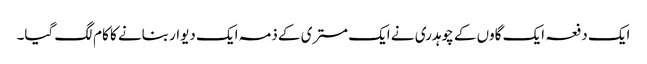
ایک دفعہ ایک گاوں کے چوہدری نے ایک مستری کے ذمہ ایک دیوار بنانے کا کام لگ گیا۔